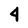
Character: 4